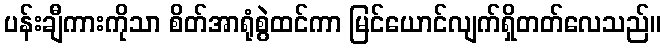
ပန်းချီကားကိုသာ စိတ်အာရုံစွဲထင်ကာ မြင်ယောင်လျက်ရှိတတ်လေသည်။